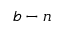
b - n